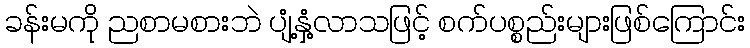
ခန်းမကို ညစာမစားဘဲ ပျံ့နှံ့လာသဖြင့် စက်ပစ္စည်းများဖြစ်ကြောင်း